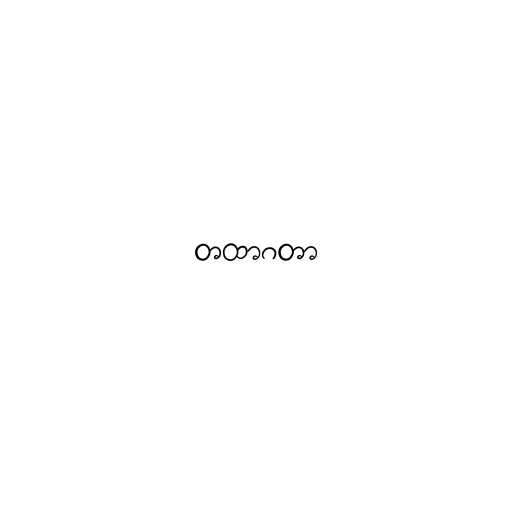
တထာဂတာ